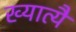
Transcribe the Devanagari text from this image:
ख्यात्यै